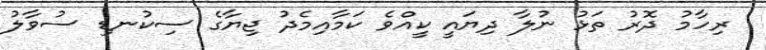
ރިހާމު ދޮރު ތަޅު ނުލާ ދިޔައީ ކީއްވެ ކަމާއިމެދު ޖިޔާގެ ސިކުނޑި ސުވާލު